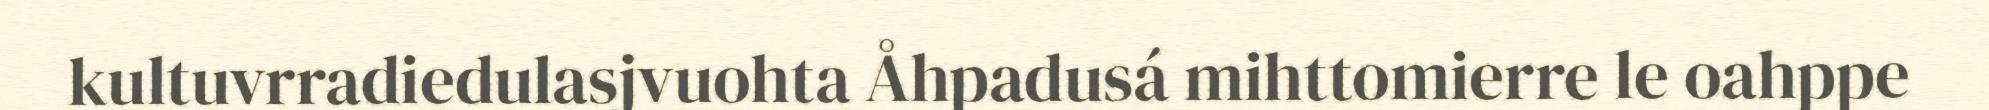
kultuvrradiedulasjvuohta Åhpadusá mihttomierre le oahppe